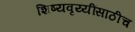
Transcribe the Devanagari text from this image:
शिष्यवृय्यींसाठीच